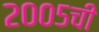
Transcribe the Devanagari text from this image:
२००५ची